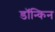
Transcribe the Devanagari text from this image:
डॉन्किन